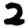
Digit: 2